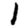
Digit: 1